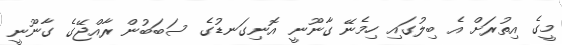
މީގެ އިތުރަށް އެ ބިލުގައި ހިމެނޭ ގާނޫނީ އޮނިގަނޑުގެ ސަބަބުން ރާއްޖޭގެ ގާނޫނީ